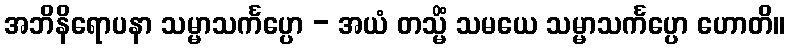
အဘိနိရောပနာ သမ္မာသင်္ကပ္ပော - အယံ တသ္မိံ သမယေ သမ္မာသင်္ကပ္ပော ဟောတိ။